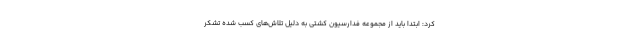
کرد: ابتدا باید از مجموعه فدارسیون کشتی به دلیل تلاش‌های کسب شده تشکر